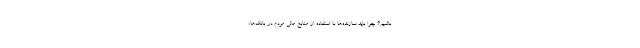
باشیم؟ چرا باید سازنده‌ها با استفاده از منابع مالی مردم در بانک‌ها،